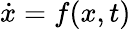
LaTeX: \dot{x}=f(x,t)